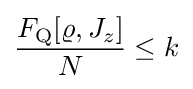
{\frac {F_{\rm {Q}}[\varrho ,J_{z}]}{N}}\leq k